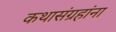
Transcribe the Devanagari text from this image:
कथासंग्रहांना